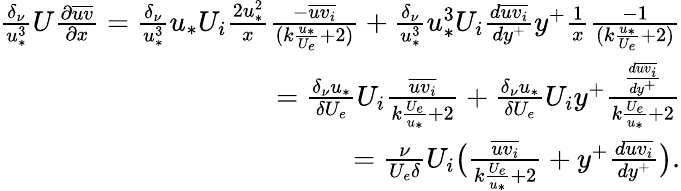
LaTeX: \begin{array}{r}{\frac{\delta_{\nu}}{u_{*}^{3}}U\frac{\partial\overline{{uv}}}{\partial x}=\frac{\delta_{\nu}}{u_{*}^{3}}u_{*}U_{i}\frac{2u_{*}^{2}}{x}\frac{-\overline{{uv_{i}}}}{(k\frac{u_{*}}{U_{e}}+2)}+\frac{\delta_{\nu}}{u_{*}^{3}}u_{*}^{3}U_{i}\frac{d\overline{{uv_{i}}}}{dy^{+}}y^{+}\frac{1}{x}\frac{-1}{(k\frac{u_{*}}{U_{e}}+2)}}\\ {=\frac{\delta_{\nu}u_{*}}{\delta U_{e}}U_{i}\frac{\overline{{uv_{i}}}}{k\frac{U_{e}}{u_{*}}+2}+\frac{\delta_{\nu}u_{*}}{\delta U_{e}}U_{i}y^{+}\frac{\frac{d\overline{{uv_{i}}}}{dy^{+}}}{k\frac{U_{e}}{u_{*}}+2}}\\ {=\frac{\nu}{U_{e}\delta}U_{i}\big(\frac{\overline{{uv_{i}}}}{k\frac{U_{e}}{u_{*}}+2}+y^{+}\frac{d\overline{{uv_{i}}}}{dy^{+}}\big).}\end{array}